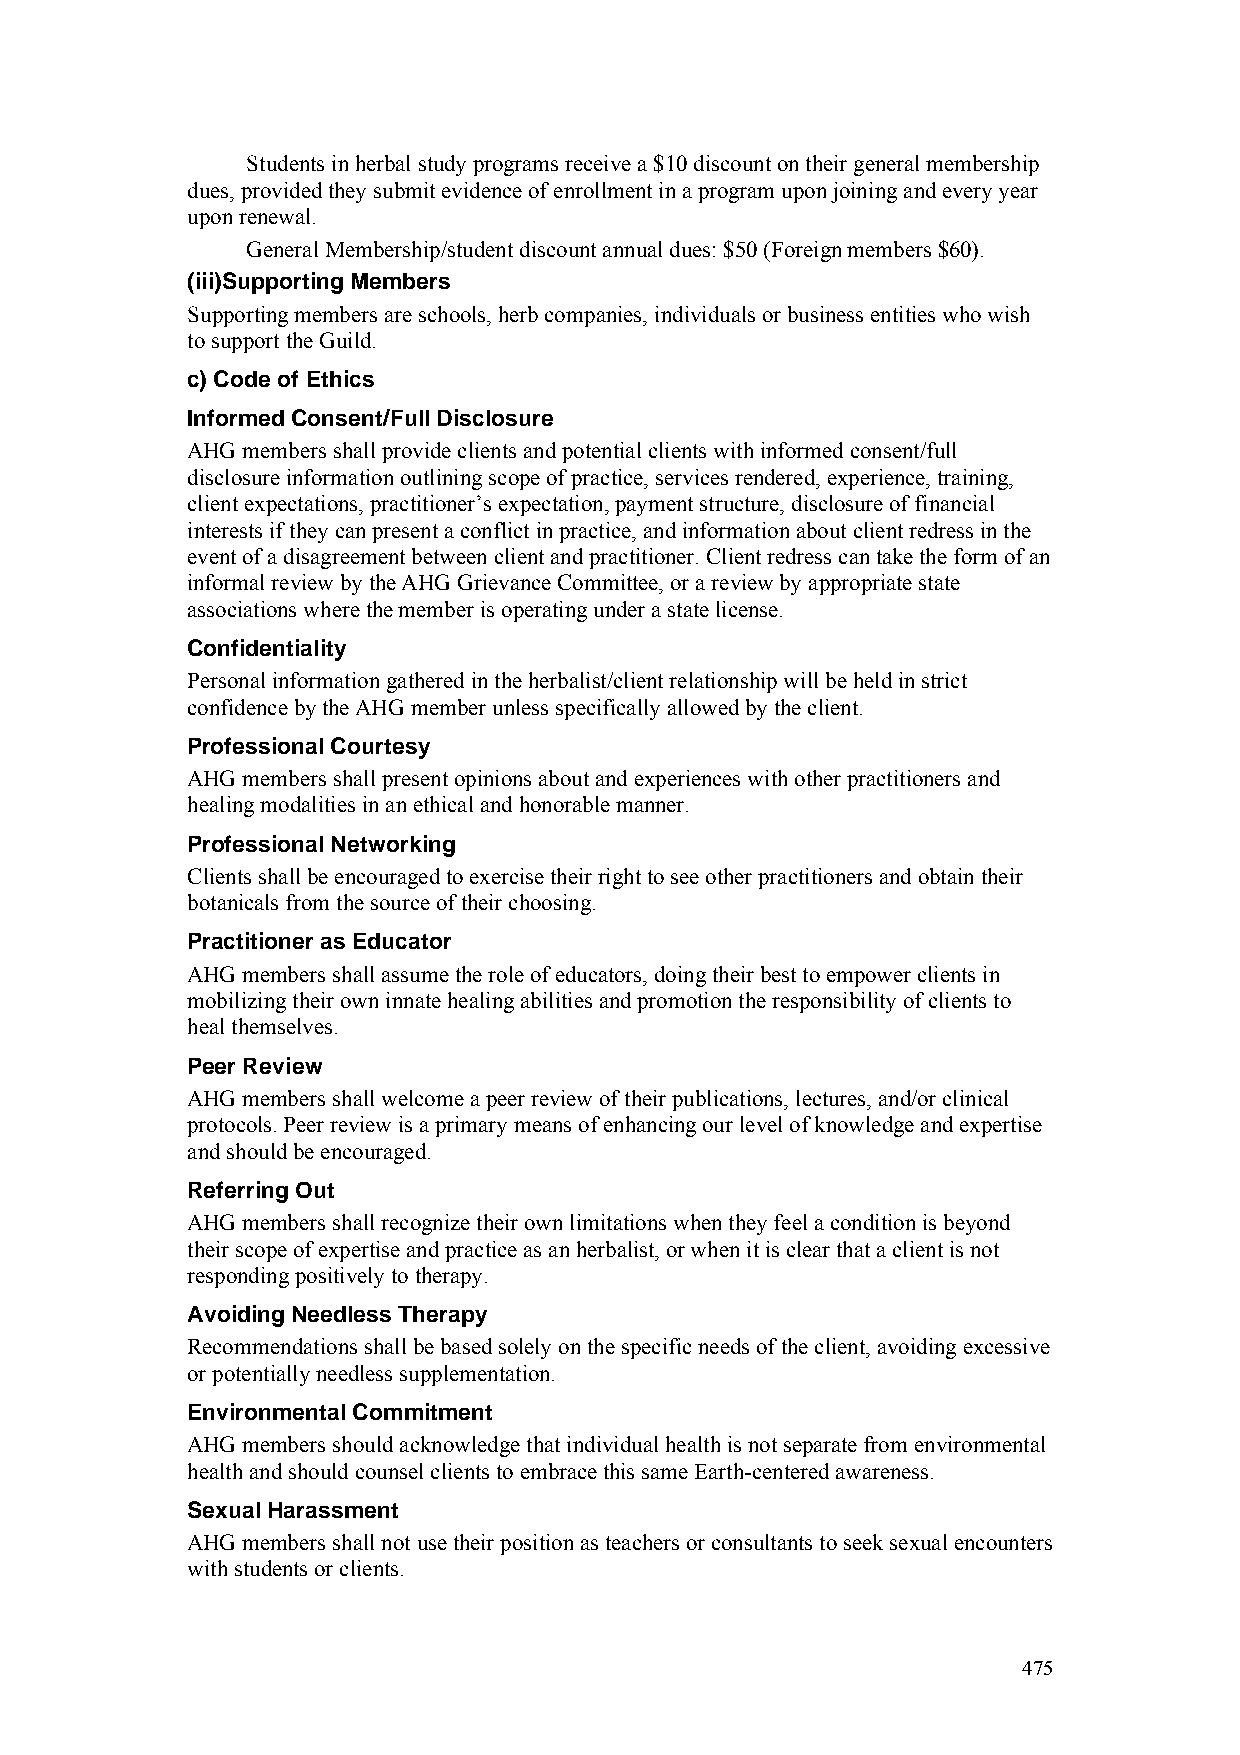
Students in herbal study programs receive a $10 discount on their general membership
 dues, provided they submit evidence of enrollment in a program upon joining and every year
 upon renewal.
 General Membership/student discount annual dues: $50 (Foreign members $60).
 (iii)Supporting Members
 Supporting members are schools, herb companies, individuals or business entities who wish
 to support the Guild.
 c) Code of Ethics
 Informed Consent/Full Disclosure
 AHG members shall provide clients and potential clients with informed consent/full
 disclosure information outlining scope of practice, services rendered, experience, training,
 client expectations, practitioner’s expectation, payment structure, disclosure of financial
 interests if they can present a conflict in practice, and information about client redress in the
 event of a disagreement between client and practitioner. Client redress can take the form of an
 informal review by the AHG Grievance Committee, or a review by appropriate state
 associations where the member is operating under a state license.
 Confidentiality
 Personal information gathered in the herbalist/client relationship will be held in strict
 confidence by the AHG member unless specifically allowed by the client.
 Professional Courtesy
 AHG members shall present opinions about and experiences with other practitioners and
 healing modalities in an ethical and honorable manner.
 Professional Networking
 Clients shall be encouraged to exercise their right to see other practitioners and obtain their
 botanicals from the source of their choosing.
 Practitioner as Educator
 AHG members shall assume the role of educators, doing their best to empower clients in
 mobilizing their own innate healing abilities and promotion the responsibility of clients to
 heal themselves.
 Peer Review
 AHG members shall welcome a peer review of their publications, lectures, and/or clinical
 protocols. Peer review is a primary means of enhancing our level of knowledge and expertise
 and should be encouraged.
 Referring Out
 AHG members shall recognize their own limitations when they feel a condition is beyond
 their scope of expertise and practice as an herbalist, or when it is clear that a client is not
 responding positively to therapy.
 Avoiding Needless Therapy
 Recommendations shall be based solely on the specific needs of the client, avoiding excessive
 or potentially needless supplementation.
 Environmental Commitment
 AHG members should acknowledge that individual health is not separate from environmental
 health and should counsel clients to embrace this same Earth-centered awareness.
 Sexual Harassment
 AHG members shall not use their position as teachers or consultants to seek sexual encounters
 with students or clients.
 475